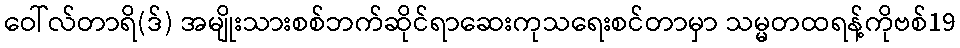
ဝေါ်လ်တာရိ(ဒ်) အမျိုးသားစစ်ဘက်ဆိုင်ရာဆေးကုသရေးစင်တာမှာ သမ္မတထရန့်ကိုဗစ်19